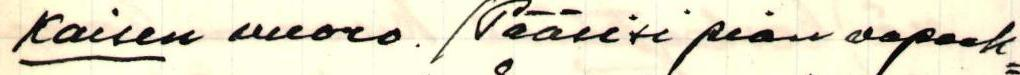
kaisen vuoro. /Pääsisi pian vapaak=